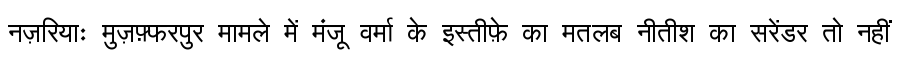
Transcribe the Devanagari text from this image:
नज़रियाः मुज़फ़्फरपुर मामले में मंजू वर्मा के इस्तीफ़े का मतलब नीतीश का सरेंडर तो नहीं